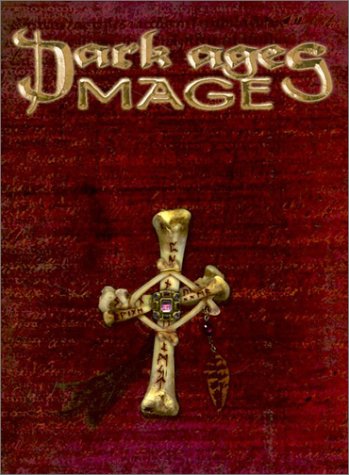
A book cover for Dark Ages Mage (Vampire: The Dark Ages); Stephen Dipesa; Science Fiction & Fantasy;